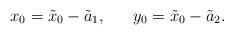
LaTeX: \begin{align*} x_{0}=\tilde{x}_{0}-\tilde{a}_{1},\ \ \ \ \ y_{0}=\tilde{x}_{0}-\tilde{a}_{2}.\end{align*}